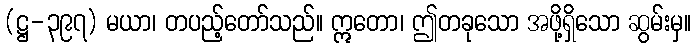
(ဋ္ဌ-၃၉၇) မယာ၊ တပည့်တော်သည်။ ဣတော၊ ဤတခုသော အဖို့ရှိသော ဆွမ်းမှ။